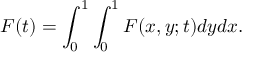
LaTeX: F ( t ) = \int _ { 0 } ^ { 1 } \int _ { 0 } ^ { 1 } F ( x , y ; t ) d y d x .